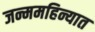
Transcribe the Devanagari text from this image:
जन्ममहिन्यात